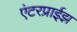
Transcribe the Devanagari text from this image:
एंटरप्राईझ